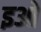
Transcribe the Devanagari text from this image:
इओ